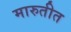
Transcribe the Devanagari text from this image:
मारुतीत